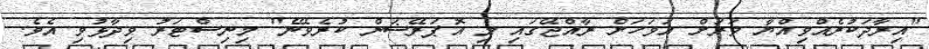
"އިރާދަކުރެއްވިއްޔާ ވަރަށް އަވަހަށް ރާއްޖޭގައި މި އޮޕަރޭޝަން ކުރެވޭނެ" މިނިސްޓަރު ވިދާޅުވި އެވެ.